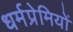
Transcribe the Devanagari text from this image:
धर्मप्रेमियों